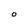
Character: O